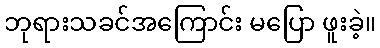
ဘုရားသခင်အကြောင်း မပြော ဖူးခဲ့။